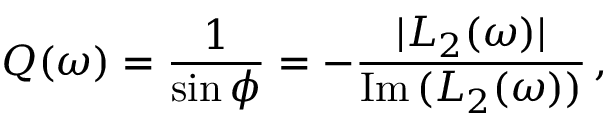
Q ( \omega ) = \frac { 1 } { \sin \phi } = - \frac { | L _ { 2 } ( \omega ) | } { \mathrm { I m } \, ( L _ { 2 } ( \omega ) ) } \, ,